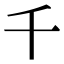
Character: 千